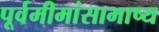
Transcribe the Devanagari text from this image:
पूर्वमीमांसाभाष्य